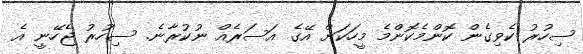
ސިހުރު ކެވިގެން ކޮންމެކޮންމެ މީހަކަށް އޭގެ އަސަރެއް ނުކުރާނެ. ސިހުރު ޖެހޭނީ އެ